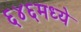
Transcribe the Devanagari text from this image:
६४६मध्ये